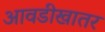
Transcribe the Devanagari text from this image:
आवडीखातर